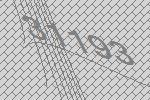
31193